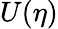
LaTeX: U(\eta)